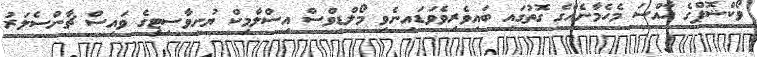
ވޯކްޝޮޕްގެ ހާއްސަ މެހެމާނެއްގެ ގޮތުގައި ބައިވެރިވެވަޑައިނެވި މޯލްޑިވްސް އިސްލާމިކް ޔުނިވާސިޓީގެ ވައިސް ޗާންސެލަރު